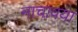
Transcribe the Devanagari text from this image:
नाचावया